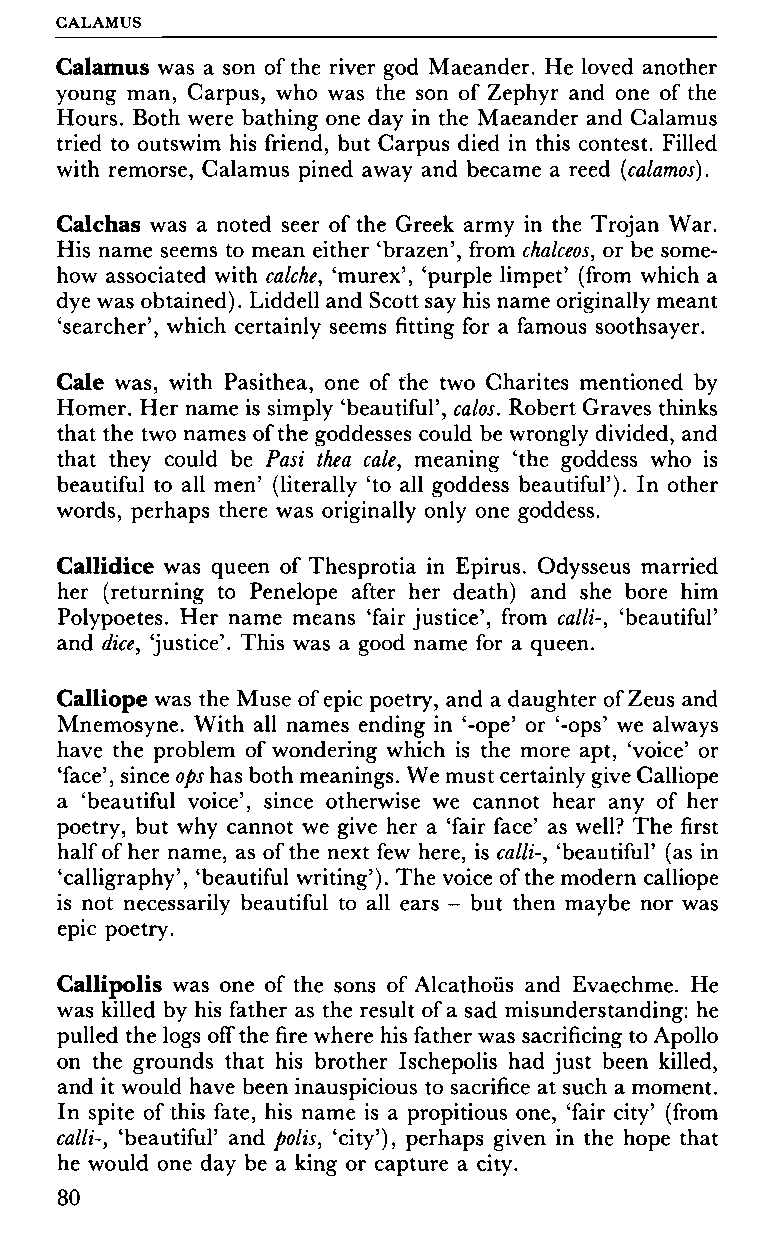
GALAMUS
 Calamus was a son of the river god Maeander. He loved another
 young man, Carpus, who was the son of Zephyr and one of the
 Hours. Both were bathing one day in the Maeander and Calamus
 tried to outswim his friend, but Carpus died in this contest. Filled
 with remorse, Calamus pined away and became a reed (calamos).
 Calchas was a noted seer of the Greek army in the Trojan War.
 His name seems to mean either 'brazen', from chalceos, or be some
 how associated with calche, 'murex', 'purple limpet' (from which a
 dye was obtained). Liddell and Scott say his name originally meant
 'searcher', which certainly seems fitting for a famous soothsayer.
 Cale was, with Pasithea, one of the two Charités mentioned by
 Homer. Her name is simply 'beautiful', calos. Robert Graves thinks
 that the two names of the goddesses could be wrongly divided, and
 that they could be Past thea cale, meaning 'the goddess who is
 beautiful to all men' (literally 'to all goddess beautiful'). In other
 words, perhaps there was originally only one goddess.
 Callidice was queen of Thesprotia in Epirus. Odysseus married
 her (returning to Penelope after her death) and she bore him
 Polypoetes. Her name means 'fair justice', from calli-, 'beautiful'
 and dice, 'justice'. This was a good name for a queen.
 Calliope was the Muse of epic poetry, and a daughter of Zeus and
 Mnemosyne. With all names ending in '-ope' or '-ops' we always
 have the problem of wondering which is the more apt, 'voice' or
 'face', since ops has both meanings. We must certainly give Calliope
 a 'beautiful voice', since otherwise we cannot hear any of her
 poetry, but why cannot we give her a 'fair face' as well? The first
 half of her name, as of the next few here, is calli-, 'beautiful' (as in
 'calligraphy', 'beautiful writing'). The voice of the modern calliope
 is not necessarily beautiful to all ears - but then maybe nor was
 epic poetry.
 Callipolis was one of the sons of Alcathoiis and Evaechme. He
 was killed by his father as the result of a sad misunderstanding: he
 pulled the logs off the fire where his father was sacrificing to Apollo
 on the grounds that his brother Ischepolis had just been killed,
 and it would have been inauspicious to sacrifice at such a moment.
 In spite of this fate, his name is a propitious one, 'fair city' (from
 calli-, 'beautiful' and polis, 'city'), perhaps given in the hope that
 he would one day be a king or capture a city.
 80